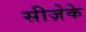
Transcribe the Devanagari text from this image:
सीज़ेके